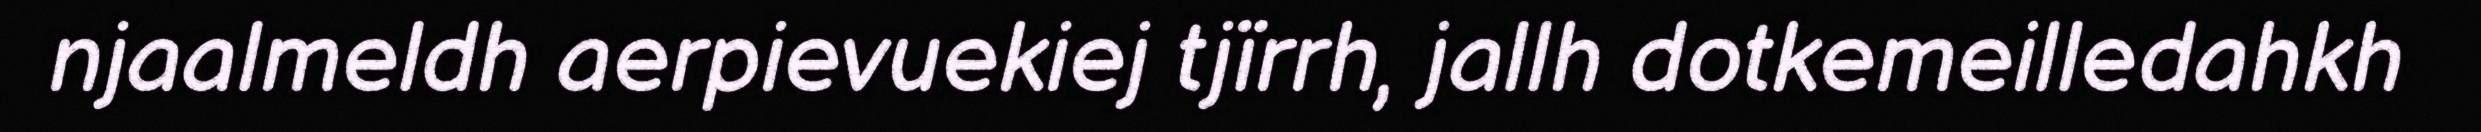
njaalmeldh aerpievuekiej tjïrrh, jallh dotkemeilledahkh